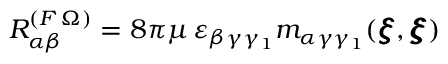
R _ { \alpha \beta } ^ { ( F \, \Omega ) } = 8 \pi \mu \, \varepsilon _ { \beta \gamma \gamma _ { 1 } } m _ { \alpha \gamma \gamma _ { 1 } } ( { \pmb \xi } , { \pmb \xi } )